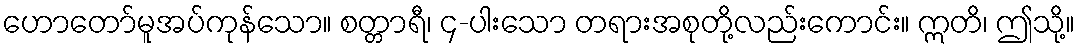
ဟောတော်မူအပ်ကုန်သော။ စတ္တာရီ၊ ၄-ပါးသော တရားအစုတို့လည်းကောင်း။ ဣတိ၊ ဤသို့။